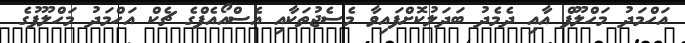
އަހްމަދު މަހްލޫފް އާއި ދެމެދު ބަދަލުކޮށްފައިވާ މެސެޖުތަކާއި އެސްއޯއެފްގެ ޗެކް އަހްމަދު މަހްލޫފުގެ